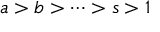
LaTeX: a > b > \dots > s > 1